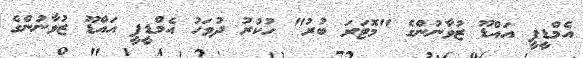
އެމްޑީޕީ އައްޑޫ ޒުވާނުންގެ "މޮޓަރަ ބުރު" ހުކުރު ދުވަހު އެމްޑީޕީ އައްޑޫ ޒުވާނުންގެ